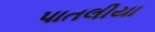
પાતલીયા